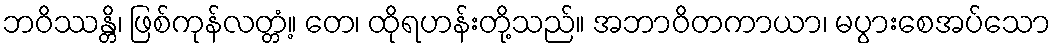
ဘဝိဿန္တိ၊ ဖြစ်ကုန်လတ္တံ့။ တေ၊ ထိုရဟန်းတို့သည်။ အဘာဝိတကာယာ၊ မပွားစေအပ်သော